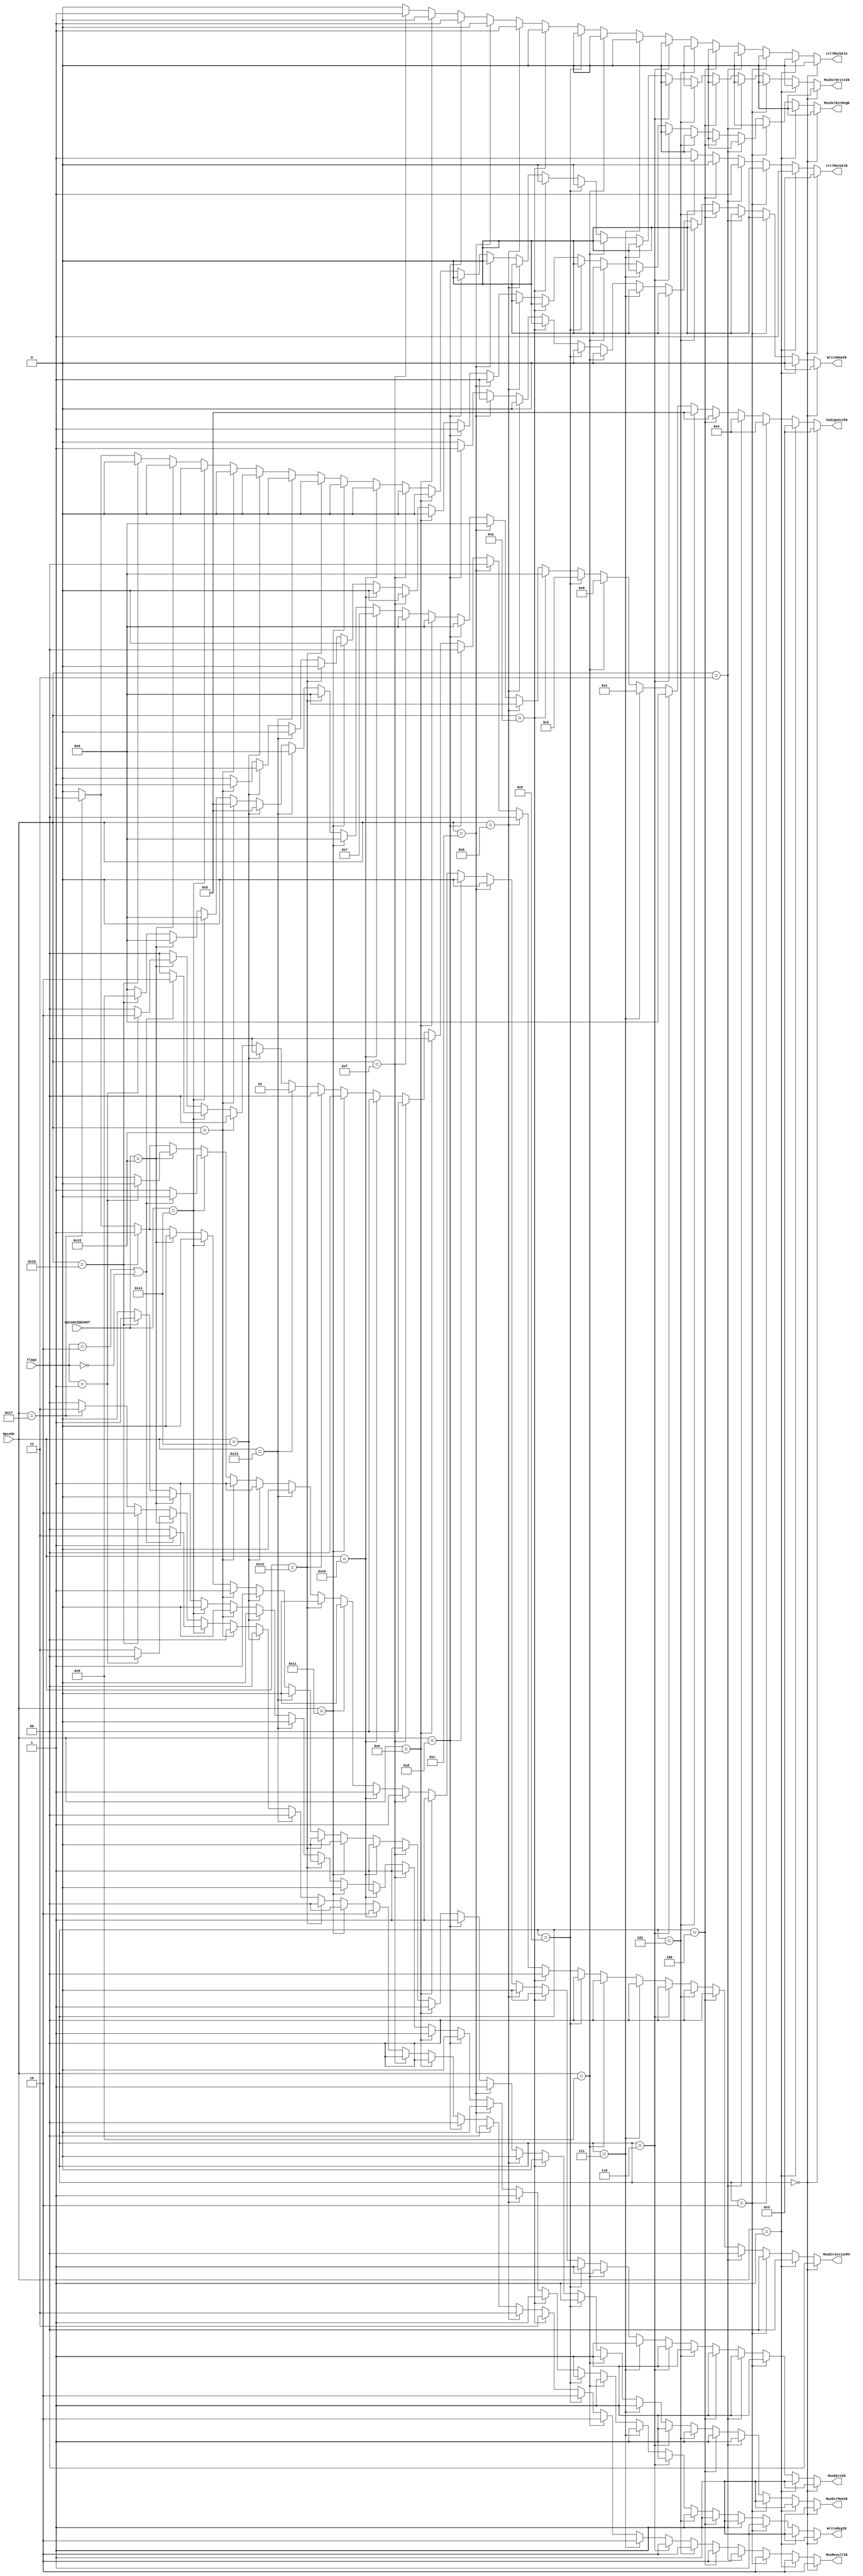
module ControlUnit(
    input [4:0] Opcode,OpCodeIDEXOUT,
	 input [1:0] Flags,
	 
	 output reg[1:0] MuxDireccionPC,
	 output reg MuxSelDirRegB,
	 output reg crtlMuxValA,
	 output reg crtlMuxValB,
	 output reg [3:0] CodigoALUIN,
	 output reg [1:0] MuxResultIN,
	 output reg MuxDirWriteIN,
	 output reg MuxDirMemIN,
	 output reg MuxDatoIN,
	 output reg WriteMemIN,
	 output reg WriteRegIN
    );

initial begin
	 MuxDireccionPC <= 0;
	 MuxSelDirRegB <= 0;
	 crtlMuxValA <= 0;
	 crtlMuxValB <= 0;
	 CodigoALUIN <= 4'b0000;
	 MuxResultIN <= 2'b00;
	 MuxDirWriteIN <= 0;
	 MuxDirMemIN <= 1;
	 MuxDatoIN <= 0;
	 WriteMemIN <= 0;
	 WriteRegIN <= 0;
end

always @(*)
begin
	//suma registro
	if(Opcode == 5'b00000)
	begin
		 MuxDireccionPC <= 0;
		 MuxSelDirRegB <= 0;
		 crtlMuxValA <= 0;
		 crtlMuxValB <= 0;
		 CodigoALUIN <= 4'b0011;
		 MuxResultIN <= 2'b10;
		 MuxDirWriteIN <= 0;
		 MuxDirMemIN <= 1;
		 MuxDatoIN <= 1;
		 WriteMemIN <= 0;
		 WriteRegIN <= 1;
	end
	//suma inmediato
	else if(Opcode == 5'b00001)
	begin
		 MuxDireccionPC <= 0;
		 MuxSelDirRegB <= 0;
		 crtlMuxValA <= 0;
		 crtlMuxValB <= 1;
		 CodigoALUIN <= 4'b0011;
		 MuxResultIN <= 2'b10;
		 MuxDirWriteIN <= 0;
		 MuxDirMemIN <= 1;
		 MuxDatoIN <= 1;
		 WriteMemIN <= 0;
		 WriteRegIN <= 1;
	end
	//resta registro
	else if(Opcode == 5'b00010)
	begin
		 MuxDireccionPC <= 0;
		 MuxSelDirRegB <= 0;
		 crtlMuxValA <= 0;
		 crtlMuxValB <= 0;
		 CodigoALUIN <= 4'b0100;
		 MuxResultIN <= 2'b10;
		 MuxDirWriteIN <= 0;
		 MuxDirMemIN <= 1;
		 MuxDatoIN <= 1;
		 WriteMemIN <= 0;
		 WriteRegIN <= 1;
	end
	//resta inmediato
	else if(Opcode == 5'b00011)
	begin
		 MuxDireccionPC <= 0;
		 MuxSelDirRegB <= 0;
		 crtlMuxValA <= 0;
		 crtlMuxValB <= 1;
		 CodigoALUIN <= 4'b0100;
		 MuxResultIN <= 2'b10;
		 MuxDirWriteIN <= 0;
		 MuxDirMemIN <= 1;
		 MuxDatoIN <= 1;
		 WriteMemIN <= 0;
		 WriteRegIN <= 1;
	end
	//comparar registros
	else if(Opcode == 5'b00100)
	begin
		 MuxDireccionPC <= 0;
		 MuxSelDirRegB <= 0;
		 crtlMuxValA <= 0;
		 crtlMuxValB <= 0;
		 CodigoALUIN <= 4'b0101;
		 MuxResultIN <= 2'b10;
		 MuxDirWriteIN <= 0;
		 MuxDirMemIN <= 1;
		 MuxDatoIN <= 1;
		 WriteMemIN <= 0;
		 WriteRegIN <= 1;
	end
	//comparar inmediato
	else if(Opcode == 5'b00101)
	begin
		 MuxDireccionPC <= 0;
		 MuxSelDirRegB <= 0;
		 crtlMuxValA <= 0;
		 crtlMuxValB <= 1;
		 CodigoALUIN <= 4'b0101;
		 MuxResultIN <= 2'b10;
		 MuxDirWriteIN <= 0;
		 MuxDirMemIN <= 1;
		 MuxDatoIN <= 1;
		 WriteMemIN <= 0;
		 WriteRegIN <= 1;
	end
	//and
	else if(Opcode == 5'b00110)
	begin
		 MuxDireccionPC <= 0;
		 MuxSelDirRegB <= 0;
		 crtlMuxValA <= 0;
		 crtlMuxValB <= 0;
		 CodigoALUIN <= 4'b0000;
		 MuxResultIN <= 2'b10;
		 MuxDirWriteIN <= 0;
		 MuxDirMemIN <= 1;
		 MuxDatoIN <= 1;
		 WriteMemIN <= 0;
		 WriteRegIN <= 1;
	end
	//or
	else if(Opcode == 5'b00111)
	begin
		 MuxDireccionPC <= 0;
		 MuxSelDirRegB <= 0;
		 crtlMuxValA <= 0;
		 crtlMuxValB <= 0;
		 CodigoALUIN <= 4'b0001;
		 MuxResultIN <= 2'b10;
		 MuxDirWriteIN <= 0;
		 MuxDirMemIN <= 1;
		 MuxDatoIN <= 1;
		 WriteMemIN <= 0;
		 WriteRegIN <= 1;
	end
	//not
	else if(Opcode == 5'b01000)
	begin
		 MuxDireccionPC <= 0;
		 MuxSelDirRegB <= 0;
		 crtlMuxValA <= 0;
		 crtlMuxValB <= 0;
		 CodigoALUIN <= 4'b0110;
		 MuxResultIN <= 2'b10;
		 MuxDirWriteIN <= 0;
		 MuxDirMemIN <= 1;
		 MuxDatoIN <= 1;
		 WriteMemIN <= 0;
		 WriteRegIN <= 1;
	end
	//xor
	else if(Opcode == 5'b01001)
	begin
		 MuxDireccionPC <= 0;
		 MuxSelDirRegB <= 0;
		 crtlMuxValA <= 0;
		 crtlMuxValB <= 0;
		 CodigoALUIN <= 3'b0010;
		 MuxResultIN <= 2'b10;
		 MuxDirWriteIN <= 0;
		 MuxDirMemIN <= 1;
		 MuxDatoIN <= 1;
		 WriteMemIN <= 0;
		 WriteRegIN <= 1;
	end
	//cargar registro
	else if(Opcode == 5'b01010)
	begin
		 MuxDireccionPC <= 0;
		 MuxSelDirRegB <= 0;
		 crtlMuxValA <= 0;
		 crtlMuxValB <= 0;
		 CodigoALUIN <= 4'b0000;
		 MuxResultIN <= 2'b11;
		 MuxDirWriteIN <= 0;
		 MuxDirMemIN <= 0;
		 MuxDatoIN <= 0;
		 WriteMemIN <= 0;
		 WriteRegIN <= 1;
	end
	//cargar inmediato
	else if(Opcode == 5'b01011)
	begin
		 MuxDireccionPC <= 0;
		 MuxSelDirRegB <= 0;
		 crtlMuxValA <= 1;
		 crtlMuxValB <= 0;
		 CodigoALUIN <= 4'b0000;
		 MuxResultIN <= 2'b11;
		 MuxDirWriteIN <= 0;
		 MuxDirMemIN <= 0;
		 MuxDatoIN <= 0;
		 WriteMemIN <= 0;
		 WriteRegIN <= 1;
	end
	//almacenar registro
	//preguntarmuxdato
	else if(Opcode == 5'b01100)
	begin
		 MuxDireccionPC <= 0;
		 MuxSelDirRegB <= 1;
		 crtlMuxValA <= 0;
		 crtlMuxValB <= 0;
		 CodigoALUIN <= 4'b0000;
		 MuxResultIN <= 2'b00;
		 MuxDirWriteIN <= 0;
		 MuxDirMemIN <= 1;
		 MuxDatoIN <= 0;
		 WriteMemIN <= 1;
		 WriteRegIN <= 0;
	end
	//almacenar inmediato
	else if(Opcode == 5'b01101)
	begin
		 MuxDireccionPC <= 0;
		 MuxSelDirRegB <= 1;
		 crtlMuxValA <= 1;
		 crtlMuxValB <= 0;
		 CodigoALUIN <= 4'b0000;
		 MuxResultIN <= 2'b00;
		 MuxDirWriteIN <= 0;
		 MuxDirMemIN <= 1;
		 MuxDatoIN <= 0;
		 WriteMemIN <= 1;
		 WriteRegIN <= 0;
	end
	//mover registro
	else if(Opcode == 5'b01110)
	begin
		 MuxDireccionPC <= 0;
		 MuxSelDirRegB <= 0;
		 crtlMuxValA <= 0;
		 crtlMuxValB <= 0;
		 CodigoALUIN <= 4'b0000;
		 MuxResultIN <= 2'b00;
		 MuxDirWriteIN <= 0;
		 MuxDirMemIN <= 1;
		 MuxDatoIN <= 1;
		 WriteMemIN <= 0;
		 WriteRegIN <= 1;
	end
	//mover inmediato
	else if(Opcode == 5'b01111)
	begin
		 MuxDireccionPC <= 0;
		 MuxSelDirRegB <= 0;
		 crtlMuxValA <= 1;
		 crtlMuxValB <= 0;
		 CodigoALUIN <= 4'b0000;
		 MuxResultIN <= 2'b00;
		 MuxDirWriteIN <= 0;
		 MuxDirMemIN <= 1;
		 MuxDatoIN <= 1;
		 WriteMemIN <= 0;
		 WriteRegIN <= 1;
	end
	//corrimiento a la izquierda(como se hace,quien lo hace?)
	else if(Opcode == 5'b10000)
	begin
		 MuxDireccionPC <= 0;
		 MuxSelDirRegB <= 0;
		 crtlMuxValA <= 0;
		 crtlMuxValB <= 0;
		 CodigoALUIN <= 4'b0111;
		 MuxResultIN <= 2'b10;
		 MuxDirWriteIN <= 0;
		 MuxDirMemIN <= 1;
		 MuxDatoIN <= 1;
		 WriteMemIN <= 0;
		 WriteRegIN <= 1;
	end
	//corrimiento a la derecha(como se hace,quien lo hace?)
	else if(Opcode == 5'b10001)
	begin
		 MuxDireccionPC <= 0;
		 MuxSelDirRegB <= 0;
		 crtlMuxValA <= 0;
		 crtlMuxValB <= 0;
		 CodigoALUIN <= 4'b0000;
		 MuxResultIN <= 2'b00;
		 MuxDirWriteIN <= 0;
		 MuxDirMemIN <= 0;
		 MuxDatoIN <= 0;
		 WriteMemIN <= 0;
		 WriteRegIN <= 0;
	end
	//rotacion(como se hace,quien lo hace?)
	else if(Opcode == 5'b10010)
	begin
		 MuxDireccionPC <= 0;
		 MuxSelDirRegB <= 0;
		 crtlMuxValA <= 0;
		 crtlMuxValB <= 0;
		 CodigoALUIN <= 4'b0000;
		 MuxResultIN <= 2'b00;
		 MuxDirWriteIN <= 0;
		 MuxDirMemIN <= 0;
		 MuxDatoIN <= 0;
		 WriteMemIN <= 0;
		 WriteRegIN <= 0;
	end
	//salto
	else if(Opcode == 5'b10011)
	begin
		 MuxDireccionPC <= 1;
		 MuxSelDirRegB <= 0;
		 crtlMuxValA <= 0;
		 crtlMuxValB <= 0;
		 CodigoALUIN <= 4'b0000;
		 MuxResultIN <= 2'b00;
		 MuxDirWriteIN <= 0;
		 MuxDirMemIN <= 0;
		 MuxDatoIN <= 0;
		 WriteMemIN <= 0;
		 WriteRegIN <= 0;
	end
	//salto con condicion diferente
	else if(Opcode == 5'b10100)
	begin
		MuxDireccionPC <= 0;
		MuxSelDirRegB <= 1;
		crtlMuxValA <= 0;
		crtlMuxValB <= 0;
		CodigoALUIN <= 4'b0101;
		MuxResultIN <= 2'b00;
		MuxDirWriteIN <= 0;
		MuxDirMemIN <= 1;
		MuxDatoIN <= 1;
		WriteMemIN <= 0;
		WriteRegIN <= 0;		
	end
	//salto con condicion igual 
	else if(Opcode == 5'b10101)
	begin
		MuxDireccionPC <= 2'b00;
		MuxSelDirRegB <= 1;
		crtlMuxValA <= 0;
		crtlMuxValB <= 0;
		CodigoALUIN <= 4'b0101;
		MuxResultIN <= 2'b00;
		MuxDirWriteIN <= 0;
		MuxDirMemIN <= 1;
		MuxDatoIN <= 1;
		WriteMemIN <= 0;
		WriteRegIN <= 0;
	end
	//salto con condicion diferente comparacion
	else if(OpCodeIDEXOUT == 5'b10100)
	begin
		if(Flags == 2'b10 | Flags == 2'b00)
		begin
			MuxDireccionPC <= 2'b10;
			MuxSelDirRegB <= 0;
			crtlMuxValA <= 0;
			crtlMuxValB <= 0;
			CodigoALUIN <= 4'b0000;
			MuxResultIN <= 2'b11;
			MuxDirWriteIN <= 0;
			MuxDirMemIN <= 0;
			MuxDatoIN <= 0;
			WriteMemIN <= 0;
			WriteRegIN <= 0;
		end
		else
		begin
			MuxDireccionPC <= 0;
			MuxSelDirRegB <= 0;
			crtlMuxValA <= 0;
			crtlMuxValB <= 0;
			CodigoALUIN <= 4'b0000;
			MuxResultIN <= 2'b00;
			MuxDirWriteIN <= 0;
			MuxDirMemIN <= 0;
			MuxDatoIN <= 1;
			WriteMemIN <= 0;
			WriteRegIN <= 0;
		end
	end
	//salto con condicion igual comparacion
	else if(OpCodeIDEXOUT == 5'b10101)
	begin
		if(Flags == 2'b01)
		begin
			MuxDireccionPC <= 2'b10;
			MuxSelDirRegB <= 0;
			crtlMuxValA <= 0;
			crtlMuxValB <= 0;
			CodigoALUIN <= 4'b0000;
			MuxResultIN <= 2'b00;
			MuxDirWriteIN <= 0;
			MuxDirMemIN <= 0;
			MuxDatoIN <= 0;
			WriteMemIN <= 0;
			WriteRegIN <= 0;
		end
		else
		begin
			MuxDireccionPC <= 2'b00;
			MuxSelDirRegB <= 0;
			crtlMuxValA <= 0;
			crtlMuxValB <= 0;
			CodigoALUIN <= 4'b0000;
			MuxResultIN <= 2'b11;
			MuxDirWriteIN <= 0;
			MuxDirMemIN <= 0;
			MuxDatoIN <= 1;
			WriteMemIN <= 0;
			WriteRegIN <= 0;
		end
	end	
	//mult
	else if(Opcode == 5'b10110)
	begin
		 MuxDireccionPC <= 0;
		 MuxSelDirRegB <= 0;
		 crtlMuxValA <= 0;
		 crtlMuxValB <= 0;
		 CodigoALUIN <= 4'b1000;
		 MuxResultIN <= 2'b10;
		 MuxDirWriteIN <= 0;
		 MuxDirMemIN <= 1;
		 MuxDatoIN <= 1;
		 WriteMemIN <= 0;
		 WriteRegIN <= 1;
		 
	end
	//NOP
	else if(Opcode == 5'b10111)
	begin
		 MuxDireccionPC <= 0;
		 MuxSelDirRegB <= 0;
		 crtlMuxValA <= 0;
		 crtlMuxValB <= 0;
		 CodigoALUIN <= 4'b0000;
		 MuxResultIN <= 2'b11;
		 MuxDirWriteIN <= 1;
		 MuxDirMemIN <= 1;
		 MuxDatoIN <= 1;
		 WriteMemIN <= 0;
		 WriteRegIN <= 0;
	end
	else
	begin
		 MuxDireccionPC <= 0;
		 MuxSelDirRegB <= 0;
		 crtlMuxValA <= 0;
		 crtlMuxValB <= 0;
		 CodigoALUIN <= 3'b000;
		 MuxResultIN <= 2'b00;
		 MuxDirWriteIN <= 0;
		 MuxDirMemIN <= 0;
		 MuxDatoIN <= 0;
		 WriteMemIN <= 0;
		 WriteRegIN <= 0;
	end
end
endmodule